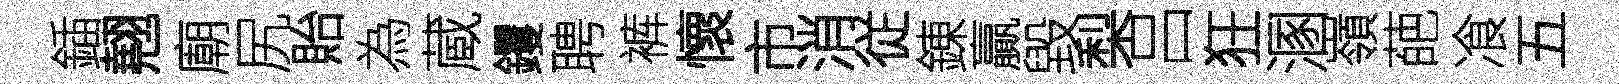
鍤翹廟尻貽為蔵钁聘裤懷市消従錬贏毀梨吕狂溷嶺葩飡五